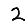
Digit: 2